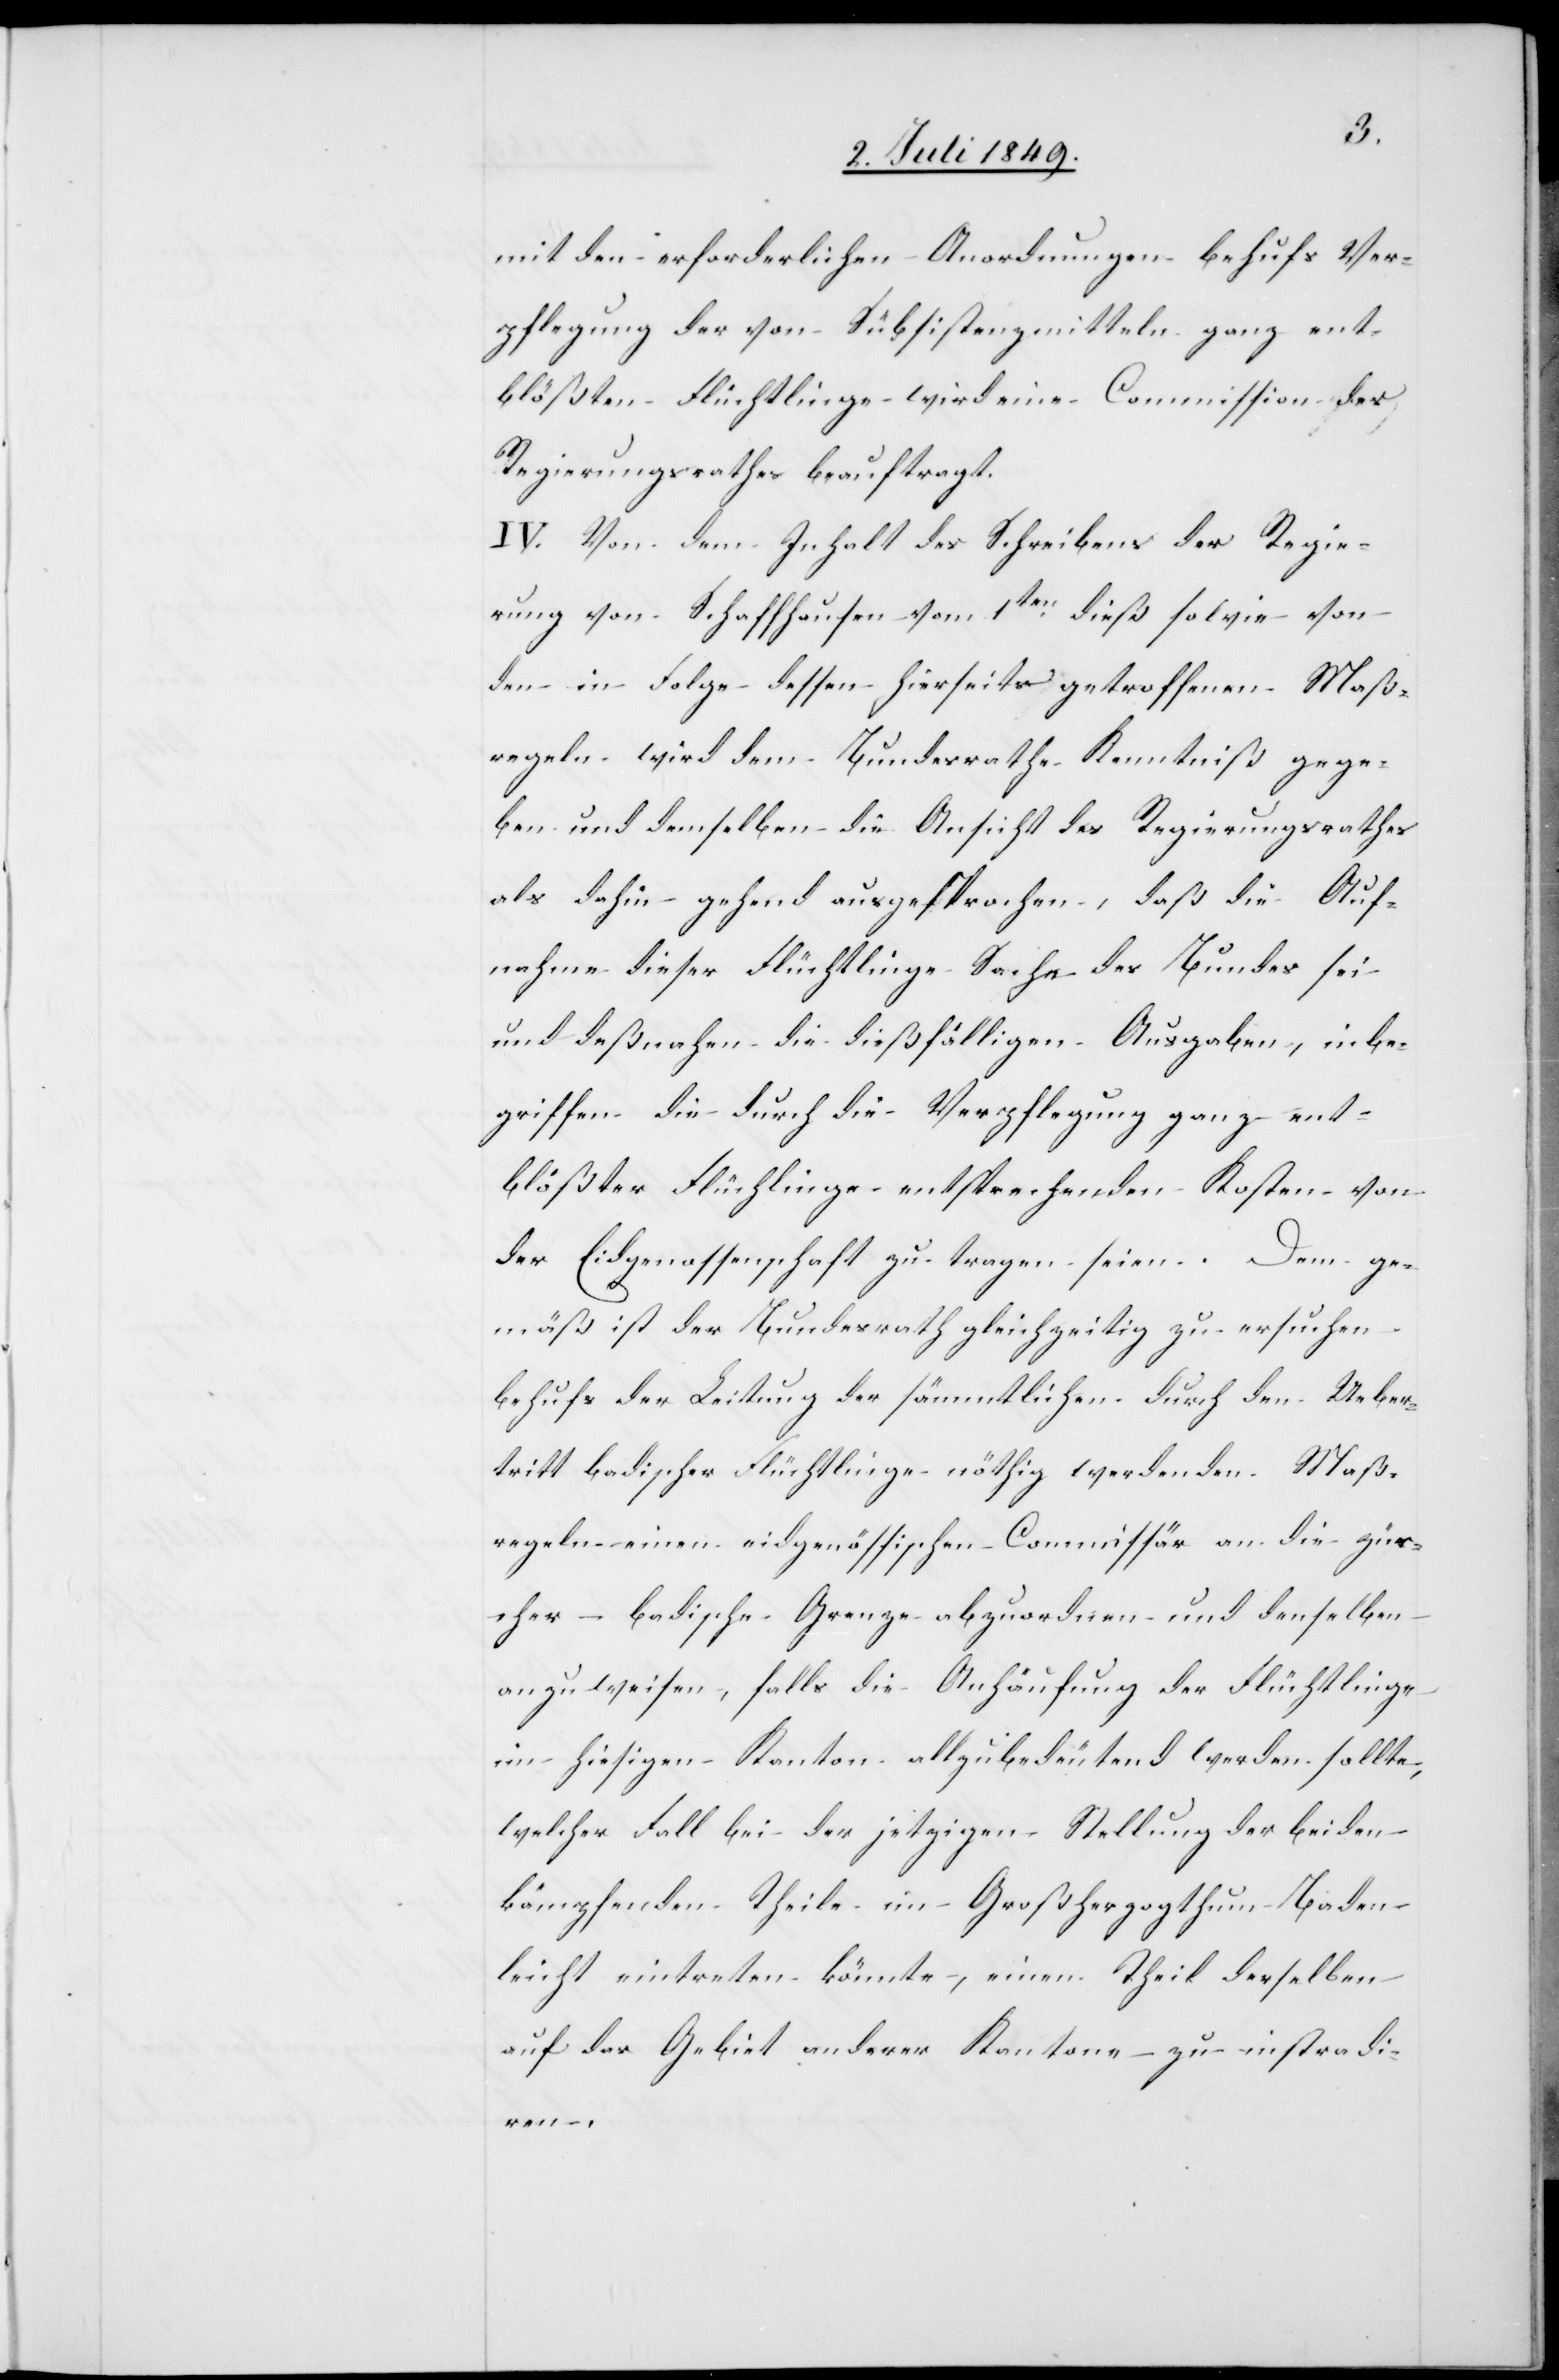
mit den erforderlichen Anordnungen behufs Ver¬
pflegung der von Subsistenzmitteln ganz ent¬
blößten Flüchtlinge wird eine Commission des
Regierungsrathes beauftragt.
IV. Von dem Inhalt des Schreibens der Regie¬
rung von Schaffhausen vom 1ten dieß sowie von
den in Folge dessen hierseits getroffenen Maß¬
regeln wird dem Bundesrathe Kenntniß gege¬
ben und demselben die Ansicht des Regierungsrathes
als dahin gehend ausgesprochen, daß die Auf¬
nahme dieser Flüchtlinge Sache des Bundes sei
und deßnahen die dießfälligen Ausgaben, inbe¬
griffen die durch die Verpflegung ganz ent¬
blößter Flüchtlinge entsprechenden Kosten von
der Eidgenossenschaft zu tragen seien. Dem ge¬
mäß ist der Bundesrath gleichzeitig zu ersuchen
behufs der Leitung der sämmtlichen durch den Ueber¬
tritt badischer Flüchtlinge nöthig werdenden Maß¬
regeln einen eidgenössischen Commissär an die zür¬
cher-badische Grenze abzuordnen und denselben
anzuweisen, falls die Anhäufung der Flüchtlinge
im hiesigen Kanton allzubedeutend werden sollte,
welcher Fall bei der jetzigen Stellung der beiden
kämpfenden Theile im Großherzogthum Baden
leicht eintreten könnte, einen Theil derselben
auf das Gebiet anderer Kantone zu instradi¬
ren.